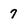
Character: 7